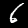
Label: 6